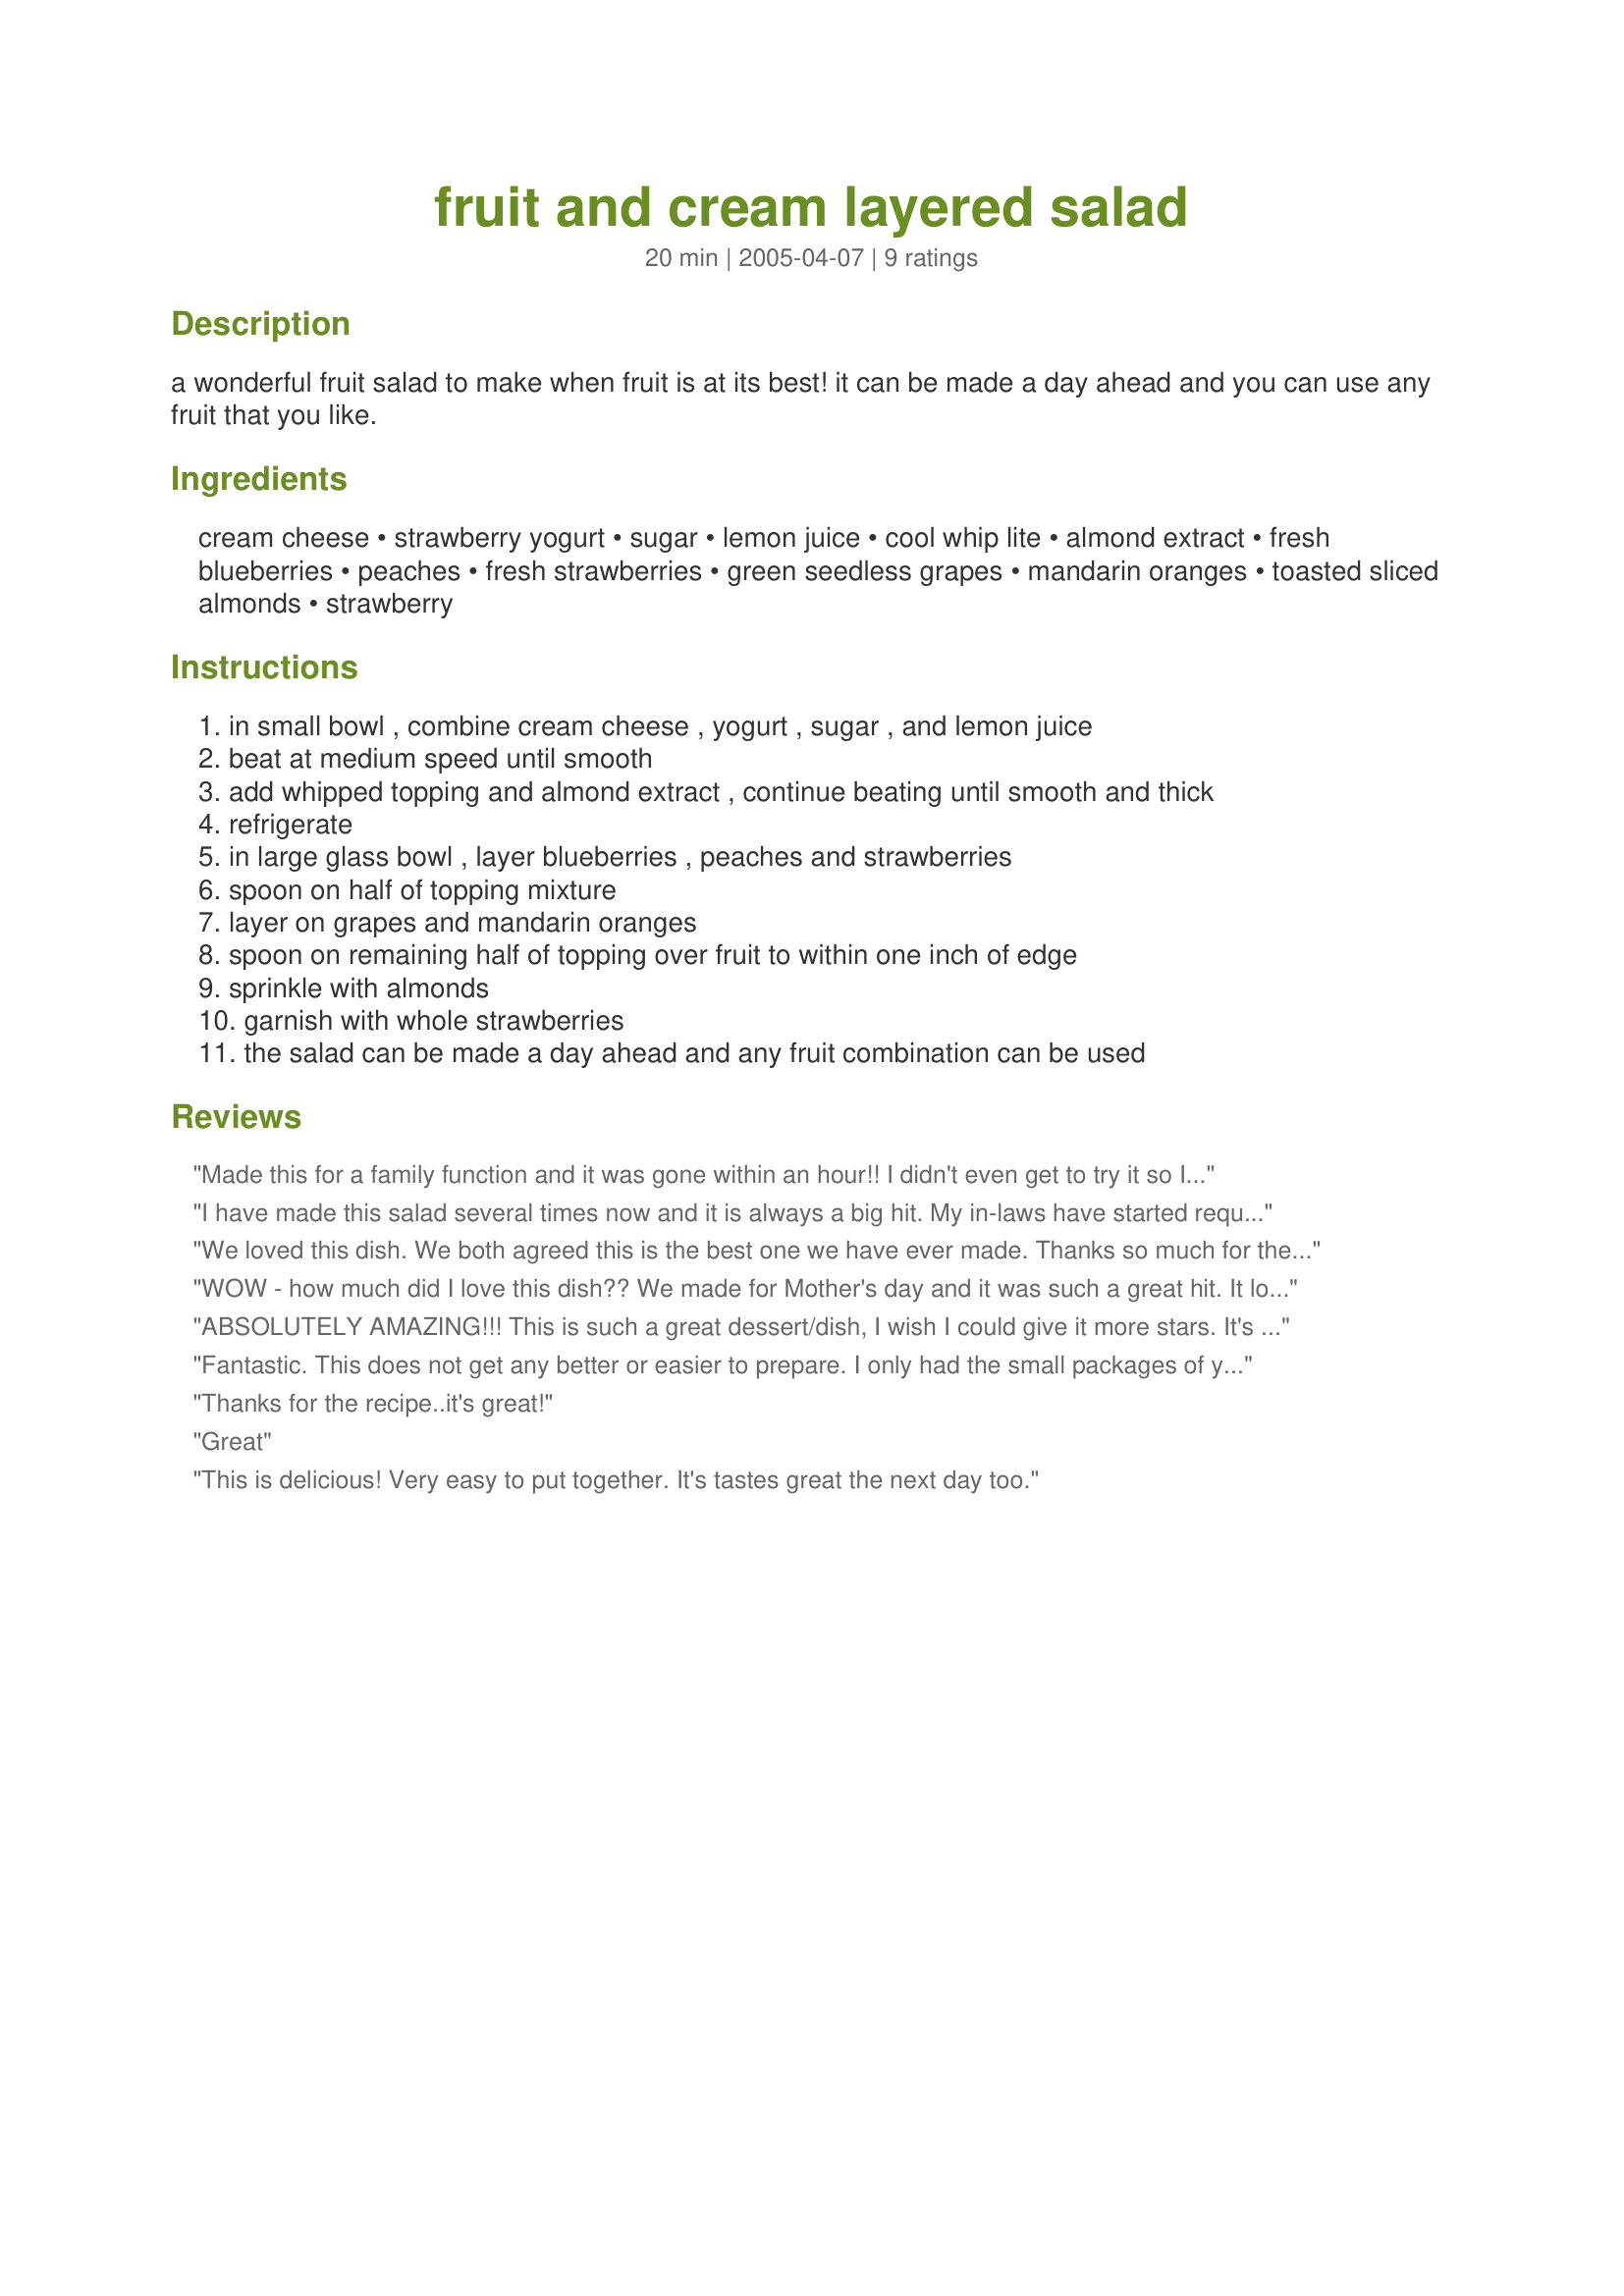
fruit and cream layered salad
Preparation time: 20 minutes

a wonderful fruit salad to make when fruit is at its best! it can be made a day ahead and you can use any fruit that you like.

Ingredients:
cream cheese, strawberry yogurt, sugar, lemon juice, cool whip lite, almond extract, fresh blueberries, peaches, fresh strawberries, green seedless grapes, mandarin oranges, toasted sliced almonds, strawberry

Steps:
in small bowl , combine cream cheese , yogurt , sugar , and lemon juice, beat at medium speed until smooth, add whipped topping and almond extract , continue beating until smooth and thick, refrigerate, in large glass bowl , layer blueberries , peaches and strawberries, spoon on half of topping mixture, layer on grapes and mandarin oranges, spoon on remaining half of topping over fruit to within one inch of edge, sprinkle with almonds, garnish with whole strawberries, the salad can be made a day ahead and any fruit combination can be used

Reviews:
Made this for a family function and it was gone within an hour!! I didn't even get to try it so I made it again... awesome!! Thank You :)
I have made this salad several times now and it is always a big hit. My in-laws have started requesting it everytime I go over there for a bbq and it won me $50 at a company cookoff! I have always doubled the topping/cream part though (used two small yogurts, one 8oz block cream cheese, and either one large tub or two smaller tubs of Extra Creamy Cool Whip)and used lime juice instead of lemon. I wouldn't suggest making it a day ahead though or all the juice from the fruit goes to the bottom of the bowl and it looks not so appetizing. I found that cutting up all the fruit and leaving it to drain in a collander in the fridge overnight or for a few hours works best. I also made the topping the night before when I cut up the fruit so it was really easy to throw it together when it was time to eat. Great salad and very easy to make!
We loved this dish. We both agreed this is the best one we have ever made. Thanks so much for the recipe!
WOW - how much did I love this dish?? We made for Mother's day and it was such a great hit. It looked so beautiful too in my trifle bowl on the buffet table...
ABSOLUTELY AMAZING!!!
This is such a great dessert/dish, I wish I could give it more stars. It's a 10 star for sure.
Simple, easy to make and nice and light.
I made extra topping and will use it for a fruit dip for breakfast. I used Strawberries, bananas, red grapes, mandarin orange and kiwi. I also used field berry yogurt as that was what I had on hand.
Thanks for a keeper!
Fantastic. This does not get any better or easier to prepare. I only had the small packages of yogurt in strawberry, blueberry and peach flavours, so I used all three and it was delicious. I used just blueberries and strawberries. This makes a wonderful light dessert for the summer. Thanks for the recipe
Thanks for the recipe..it's great!
Great
This is delicious! Very easy to put together. It's tastes great the next day too.
